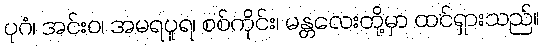
ပုဂံ၊ အင်းဝ၊ အမရပူရ၊ စစ်ကိုင်း၊ မန္တလေးတို့မှာ ထင်ရှားသည်။